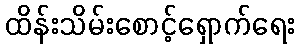
ထိန်းသိမ်းစောင့်ရှောက်ရေး